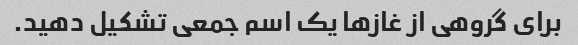
برای گروهی از غازها یک اسم جمعی تشکیل دهید.